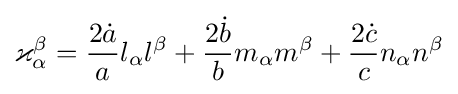
\varkappa _{\alpha }^{\beta }={\frac {2{\dot {a}}}{a}}l_{\alpha }l^{\beta }+{\frac {2{\dot {b}}}{b}}m_{\alpha }m^{\beta }+{\frac {2{\dot {c}}}{c}}n_{\alpha }n^{\beta }